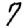
Digit: 7